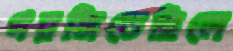
গরজিতেছিলে